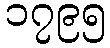
၁၇၉၅